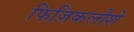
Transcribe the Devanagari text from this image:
फिज़िकलीशे